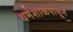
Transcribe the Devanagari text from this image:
धर्मशाळेपासून